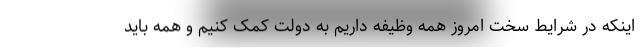
اینکه در شرایط سخت امروز همه وظیفه داریم به دولت کمک کنیم و همه باید